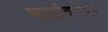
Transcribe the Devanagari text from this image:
भावांबरोबर